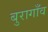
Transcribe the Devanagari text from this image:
बुरागाँव